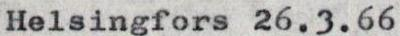
Helsingfors 26.3.66